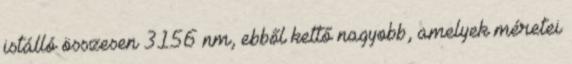
istálló összesen 3156 nm, ebből kettő nagyobb, amelyek méretei